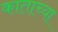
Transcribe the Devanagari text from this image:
काताच्या